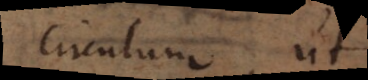
circulum, ut